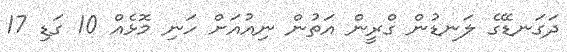
ދަގަނޑޭގެ ލަނޑުން ގްރީން އަތުން ނިއުއަށް ހަނި މޮޅެއް 10 ގަޑި 17